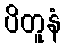
ပိတူနံ